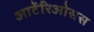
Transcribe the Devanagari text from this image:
आर्टेरिओसस